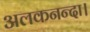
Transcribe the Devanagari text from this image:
अलकनन्दा।